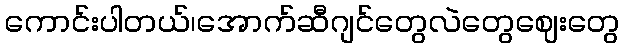
ကောင်းပါတယ်၊အောက်ဆီဂျင်တွေလဲတွေဈေးတွေ